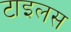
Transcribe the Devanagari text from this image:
टाइलस